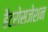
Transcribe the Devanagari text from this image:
हैटरोसजेशन